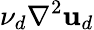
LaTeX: \nu_{d}\nabla^{2}\mathbf{u}_{d}